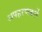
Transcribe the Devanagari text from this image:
अपहरणकर्ते